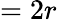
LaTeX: =2r